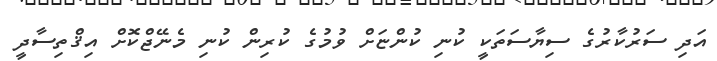
އަދި ސަރުކާރުގެ ސިޔާސަތަކީ ކުނި ކުންޏަށް ވުމުގެ ކުރިން ކުނި މެނޭޖްކޮށް އިޤްތިސާދީ